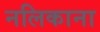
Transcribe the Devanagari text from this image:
नलिकाना